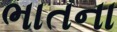
ભાતના